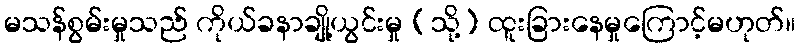
မသန်စွမ်းမှုသည် ကိုယ်ခနာချို့ယွင်းမှု (သို့) ထူးခြားနေမှုကြောင့်မဟုတ်။